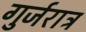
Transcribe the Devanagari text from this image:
गुर्जरात्र